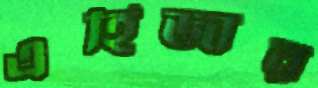
এহিজার